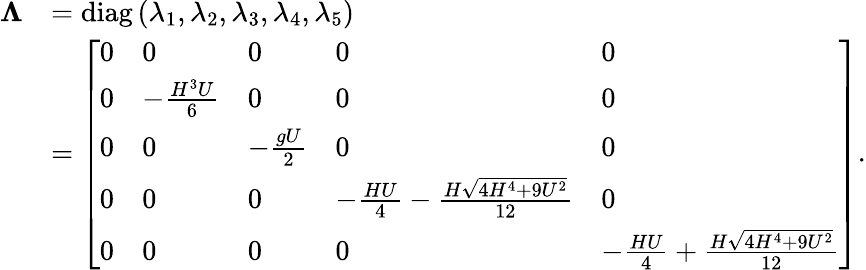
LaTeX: \begin{array}{rl}{\mathbf{\Lambda}}&{=\operatorname{diag}\left(\lambda_{1},\lambda_{2},\lambda_{3},\lambda_{4},\lambda_{5}\right)}\\ &{=\left[\begin{array}{lllll}{0}&{0}&{0}&{0}&{0}\\ {0}&{-\frac{H^{3}U}{6}}&{0}&{0}&{0}\\ {0}&{0}&{-\frac{gU}{2}}&{0}&{0}\\ {0}&{0}&{0}&{-\frac{HU}{4}-\frac{H\sqrt{4H^{4}+9U^{2}}}{12}}&{0}\\ {0}&{0}&{0}&{0}&{-\frac{HU}{4}+\frac{H\sqrt{4H^{4}+9U^{2}}}{12}}\end{array}\right].}\end{array}